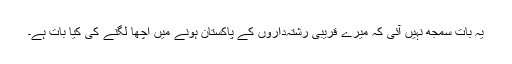
یہ بات سمجھ نہیں آئی کہ میرے قریبی رشتہ‌داروں کے پاکستان ہونے میں اچھا لگنے کی کیا بات ہے۔